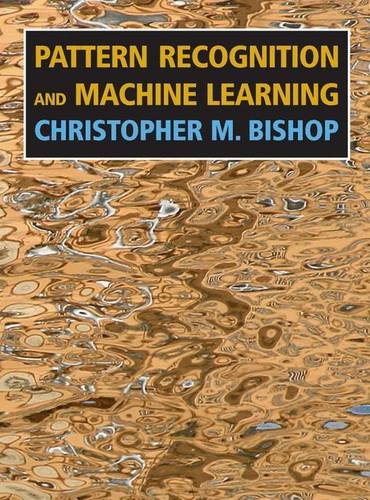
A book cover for Pattern Recognition and Machine Learning (Information Science and Statistics); Christopher Bishop; Computers & Technology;